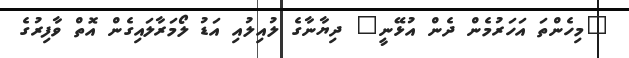
"މިހެންތަ އަހަރުމެން ދެން އުޅޭނީ" ދިޔާނާގެ ލުއިލުއި އަޑު ލޯމަރާލައިގެން އޮތް ވާފިރުގެ